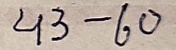
43 - 60